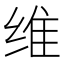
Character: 维